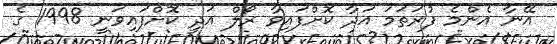
އޭނާ އެންމެ ފުރަތަމަ އަދާ ކޮށްފައިވާ ރޯލް އަދީ ކޮށްފައިވަނީ 1998 ގެ